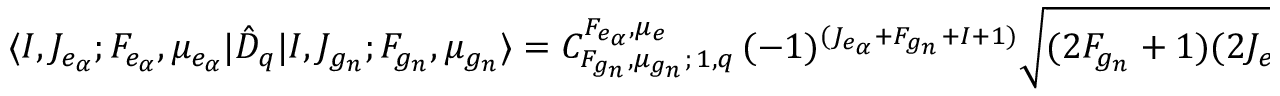
\langle I , J _ { e _ { \alpha } } ; F _ { e _ { \alpha } } , \mu _ { e _ { \alpha } } | { \hat { D } } _ { q } | I , J _ { g _ { n } } ; F _ { g _ { n } } , \mu _ { g _ { n } } \rangle = C _ { F _ { g _ { n } } , \mu _ { g _ { n } } ; \, 1 , q } ^ { F _ { e _ { \alpha } } , \mu _ { e } } \, ( - 1 ) ^ { ( J _ { e _ { \alpha } } + F _ { g _ { n } } + I + 1 ) } \sqrt { ( 2 F _ { g _ { n } } + 1 ) ( 2 J _ { e _ { \alpha } } + 1 ) } \left\{ \begin{array} { c c c } { J _ { e _ { \alpha } } } & { 1 } & { F _ { g _ { n } } } \\ { J _ { g _ { n } } } & { I } & { J _ { e _ { \alpha } } } \end{array} \right\} .